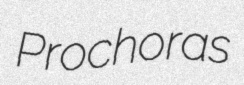
Prochoras